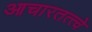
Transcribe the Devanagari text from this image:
आचारतत्त्वे